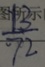
\frac { 1 3 } { 7 2 }